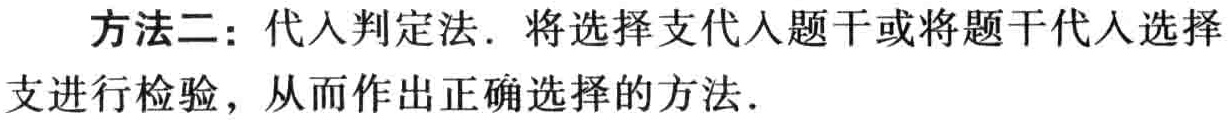
方法二：代入判定法．将选择支代入题干或将题干代入选择支进行检验，从而作出正确选择的方法．